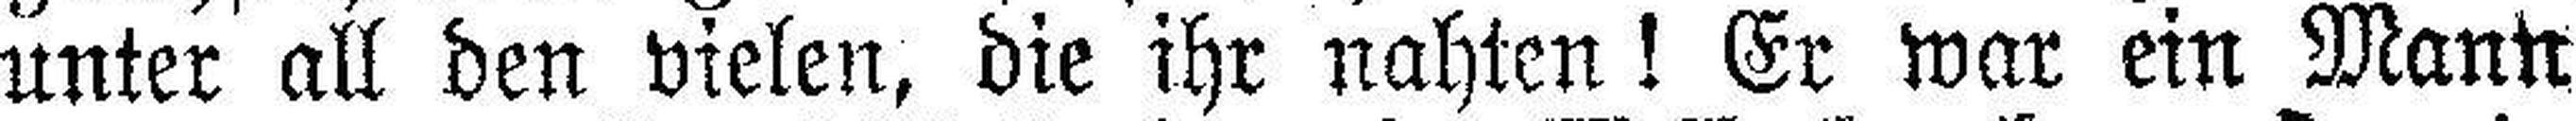
unter all den vielen, die ihr nahten! Er war ein Mann